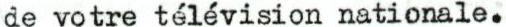
de votre télévision nationale.